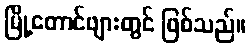
မြို့တောင်ဖျားတွင် ဖြစ်သည်။